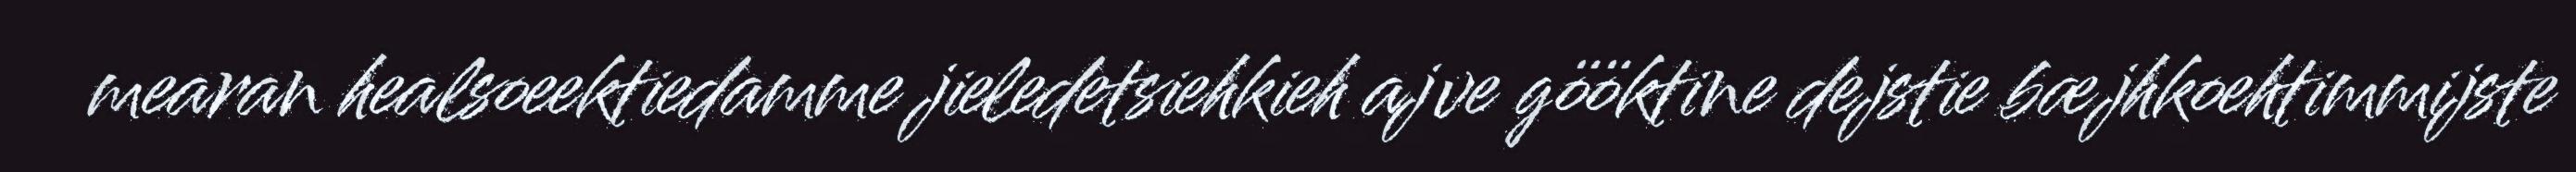
mearan healsoeektiedamme jieledetsiehkieh ajve gööktine dejstie bæjhkoehtimmijste